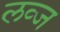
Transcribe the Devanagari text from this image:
लव्ज